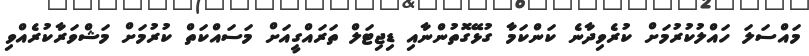
މައްސަލަ ހައްލުކުރުމަށް ކުރެވިދާނެ ކަންކަމާ ގުޅޭގޮތުންނާއި ޑިޖިޓަލް ތަރައްގީއަށް މަސައްކަތް ކުރުމަށް މަޝްވަރާކުރެއްވި